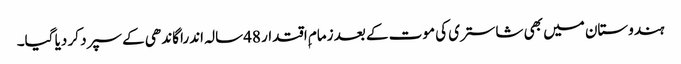
ہندوستان میں بھی شاستری کی موت کے بعد زمام ِاقتدار 48سالہ اندرا گاندھی کے سپرد کر دیا گیا۔